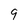
Character: 9